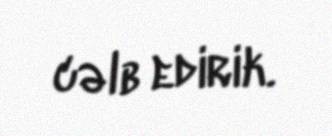
cəlb edirik.